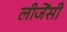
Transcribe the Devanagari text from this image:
लीजेंसी